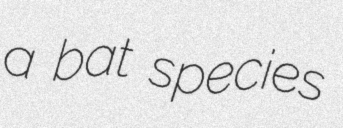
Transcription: a bat species